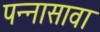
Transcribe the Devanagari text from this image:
पन्नासावा